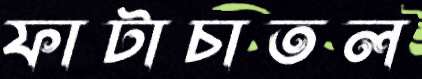
ফাটাচাতল